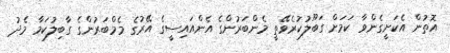
އޮތުން އެކަށީގެންވާ ކަމަށް ގަބޫލުކުރެވޭތީ މެންބަރުންގެ އެންއައިސީގެ އޭރުގެ މެމްބަރުންގެ ގާބިލުކަމާ މެދު